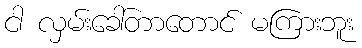
ငါ လှမ်းခေါ်တာတောင် မကြားဘူး